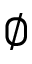
\emptyset